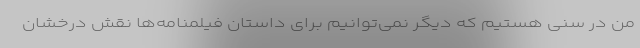
من در سنی هستیم که دیگر نمی‌توانیم برای داستان فیلمنامه‌ها نقش درخشان